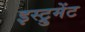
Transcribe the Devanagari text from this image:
इस्ट्रुमेंट